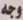
وجه